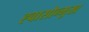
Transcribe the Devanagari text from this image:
ह्वासोन्मुख